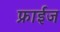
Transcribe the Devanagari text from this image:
फ्राईज